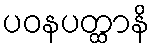
ပဝနပတ္ထာနိ